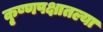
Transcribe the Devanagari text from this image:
कृ्ष्णपक्षातल्या